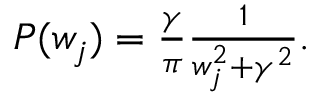
\begin{array} { r } { P ( w _ { j } ) = \frac { \gamma } { \pi } \frac { 1 } { w _ { j } ^ { 2 } + \gamma ^ { 2 } } . } \end{array}